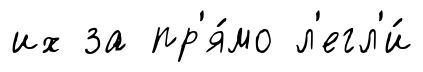
их за пр'я́мо л'егл'и́